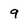
Character: 9